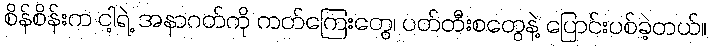
စိန်စိန်းက ငါ့ရဲ့ အနာဂတ်ကို ကတ်ကြေးတွေ၊ ပတ်တီးစတွေနဲ့ ပြောင်းပစ်ခဲ့တယ်။